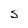
Character: S